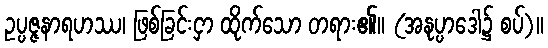
ဥပ္ပဇ္ဇနာရဟဿ၊ ဖြစ်ခြင်းငှာ ထိုက်သော တရား၏။ (အနုပ္ပာဒေါ၌ စပ်)။